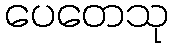
ပေတေသု